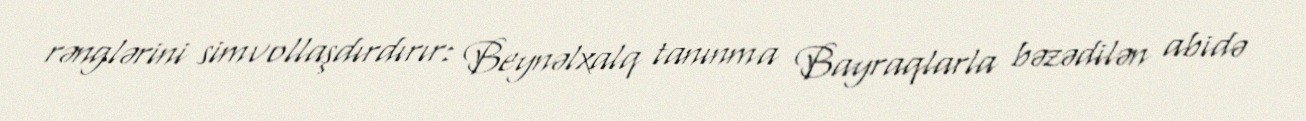
rənglərini simvollaşdırdırır: Beynəlxalq tanınma Bayraqlarla bəzədilən abidə